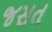
જસત